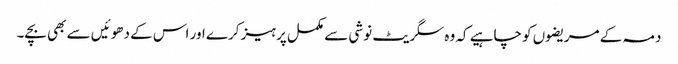
دمہ کے مریضوں کو چاہیے کہ وہ سگریٹ نوشی سے مکمل پرہیز کرے اور اس کے دھوئیں سے بھی بچے۔